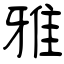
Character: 雅